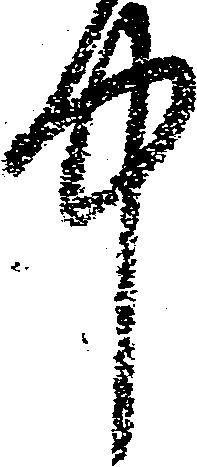
中